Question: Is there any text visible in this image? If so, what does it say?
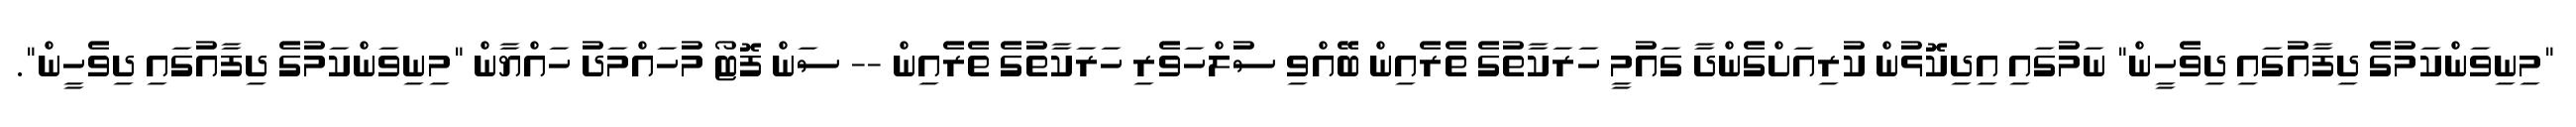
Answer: "މިނިވަންކަމުގެ ދިފާއުގައި ދިވެހީން" ނަމުގައި އިދިކޮޅުން ކުރިއަށްގެންދާ ގައުމީ ހަރަކާތުގެ ތެރެއިން ބޭއްވި ސުލްހަވެރި ހަރަކާތުގެ ތެރެއިން -- ސަން ފޮޓޯ މުހައްމަދު ހައްޔާން "މިނިވަންކަމުގެ ދިފާއުގައި ދިވެހީން".